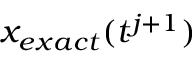
x _ { e x a c t } ( t ^ { j + 1 } )